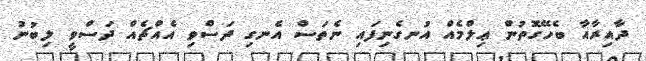
ދާއިރާއާ ބެހޭގޮތުން ޢިލްމެއް އުނގެނިފައި ނެތަސް އެނގި ދަސްވި އެއްޗެއް ދަސްވީ ލިބުނު